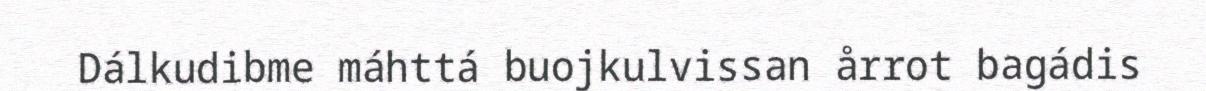
Dálkudibme máhttá buojkulvissan årrot bagádis